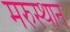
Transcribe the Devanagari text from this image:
मरुस्थान